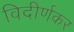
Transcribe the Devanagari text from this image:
विदीर्णकर